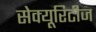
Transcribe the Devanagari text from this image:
सेक्यूरिटीज